Annual administration report of the Civil Veterinary Department of India - 1895-1896
Year: 1895
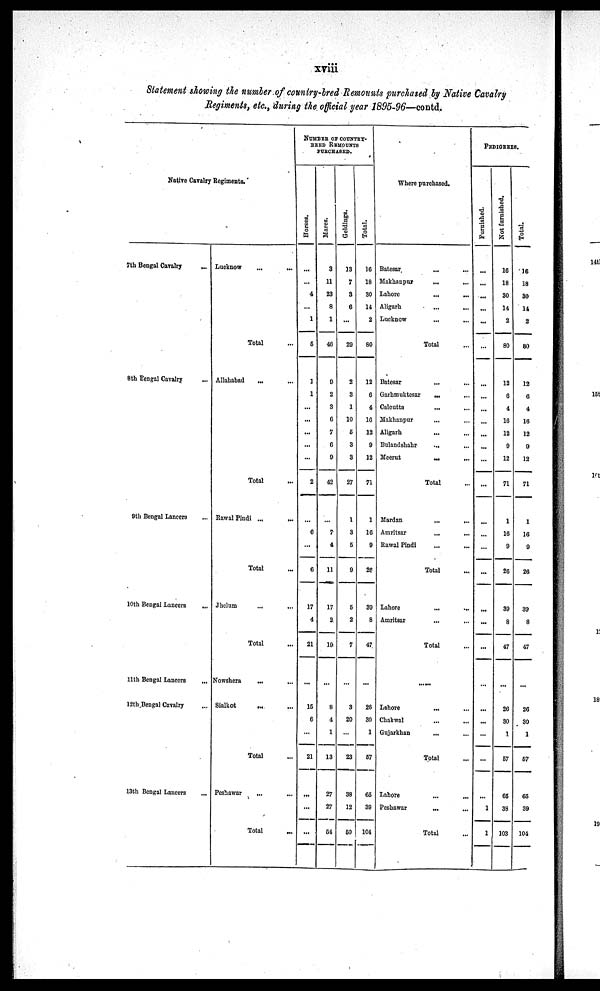
xviii
Statement showing the number of country-bred Remounts purchased by Native Cavalry
Regiments, etc., during the official year 1895-96—contd.
Native Cavalry Regiments.
7th Bengal Cavalry
...
8th Bengal Cavalry ...
9th Bengal Lancers ...
10th Bengal Lancers
...
11th Bengal Lancers ...
12th Bengal Cavalry ...
13th Bengal Lancers ...
Lucknow
...
...
Total ...
Allahabad
... ...
Total ...
Rawal Pindi ... ...
Total ...
Jhelum
...
...
Total ...
Nowshera
... ...
Sialkot
...
...
Total ...
Peshawar ... ...
Total
...
NUMBER OF COUNTRY-
BRED REMOUNTS
PURCHASED.
Hor s es .
...
...
4
...
1
5
1
1
...
...
...
...
...
2
...
6
...
6
17
4
21
...
15
6
...
21
...
...
...
Mares.
3
11
23
8
1
46
9
2
3
6
7
6
9
42
...
7
4
11
17
2
19
...
8
4
1
13
27
27
54
Gel di ngs .
13
7
3
6
...
29
2
3
1
10
5
3
3
27
1
3
5
9
5
2
7
...
3
20
...
23
38
12
50
Total.
16
18
30
14
2
80
12
6
4
16
12
9
12
71
1
16
9
26
39
8
47.
...
26
30
1
57
65
39
104
Where purchased.
Batesar ... ...
Makhanpur ... ...
Lahore ... ...
Aligarh ... ...
Lucknow... ...
Total...
Batesar ... ...
Garhmuktesar
... ...
Calcutta ... ...
Makhanpur ... ...
Aligarh ... ...
Bulandshahr
... ...
Meerut
...
...
Total ...
Mardan
... ...
Amritsar ... ...
Rawal Pindi ... ...
Total ...
Lahore ... ...
Amritsar ... ...
Total ...
......
Lahore ... ...
Chakwal ... ...
Gujarkhan ... ...
Total ...
Lahore ... ...
Peshawar
... ...
Total ...
PEDIGREES.
Furnished.
...
...
...
...
...
...
...
...
...
...
...
...
...
...
...
...
...
...
...
...
...
...
...
...
...
...
...
1
1
Not furnished.
16
18
30
14
2
80
12
6
4
16
12
9
12
71
1
16
9
26
39
8
47
...
26
30
1
57
65
38
103
Total.
16
18
30
14
2
80
12
6
4
16
12
9
12
71
1
16
9
26
39
8
47
...
26
30
1
57
65
39
104